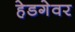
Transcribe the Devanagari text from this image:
हेडगेवर